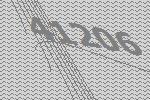
41206